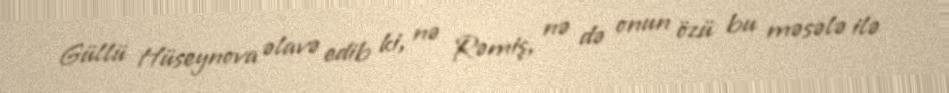
Güllü Hüseynova əlavə edib ki, nə Rəmiş, nə də onun özü bu məsələ ilə